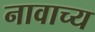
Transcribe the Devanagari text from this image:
नावाच्य